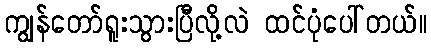
ကျွန်တော်ရူးသွားပြီလို့လဲ ထင်ပုံပေါ်တယ်။